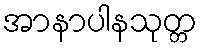
အာနာပါနသုတ္တ